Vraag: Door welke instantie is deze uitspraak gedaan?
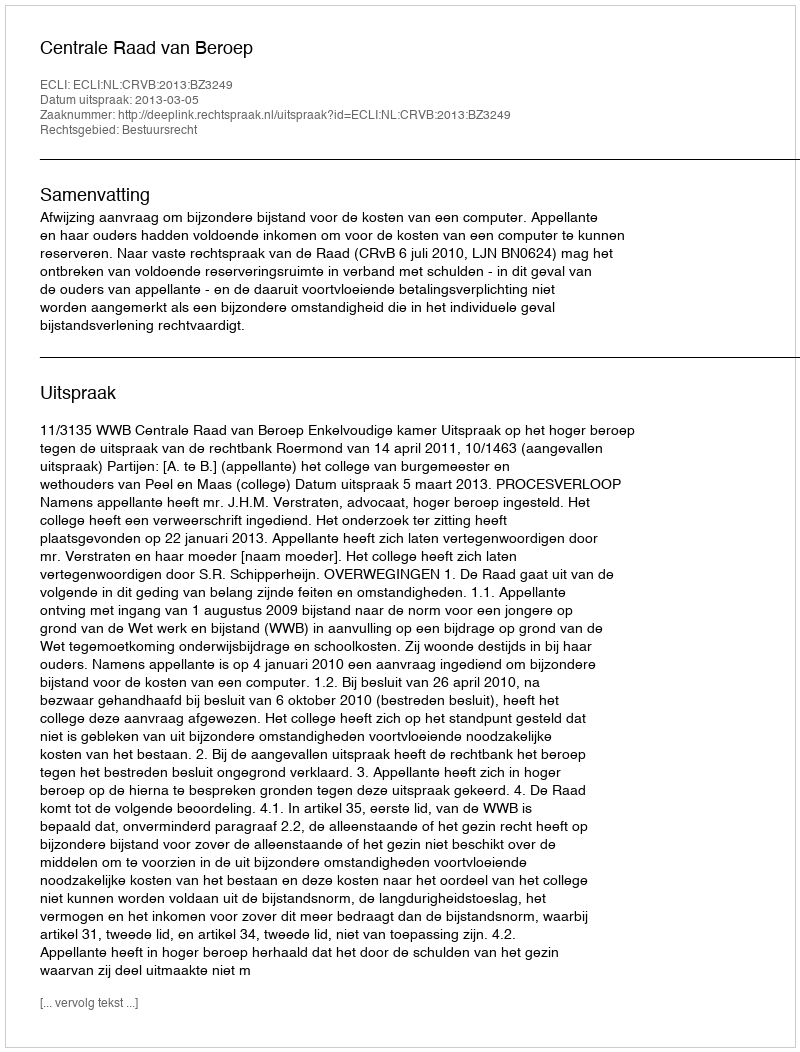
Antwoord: Centrale Raad van Beroep